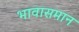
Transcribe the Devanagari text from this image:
भावासमान